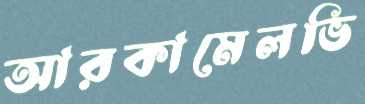
আরকামেলভি